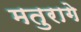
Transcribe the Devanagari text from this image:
मतुरागे